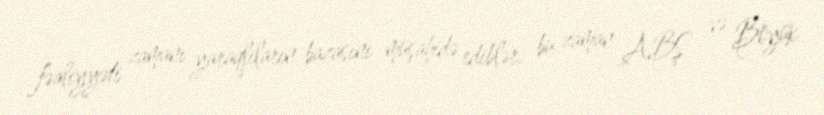
fəaliyyəti zamanı yaraqlıların bazasını müşahidə ediblər, bu zaman ABŞ və Böyük